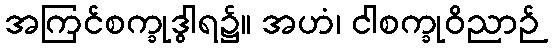
အကြင်စက္ခုဒွါရ၌။ အဟံ၊ ငါစက္ခုဝိညာဉ်